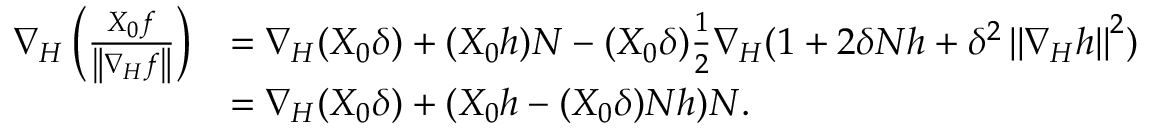
\begin{array} { r l } { \nabla _ { H } \left( \frac { X _ { 0 } f } { \left\| \nabla _ { H } f \right\| } \right) } & { = \nabla _ { H } ( X _ { 0 } \delta ) + ( X _ { 0 } h ) N - ( X _ { 0 } \delta ) \frac { 1 } { 2 } \nabla _ { H } ( 1 + 2 \delta N h + \delta ^ { 2 } \left\| \nabla _ { H } h \right\| ^ { 2 } ) } \\ & { = \nabla _ { H } ( X _ { 0 } \delta ) + ( X _ { 0 } h - ( X _ { 0 } \delta ) N h ) N . } \end{array}